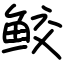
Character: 鲛